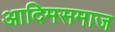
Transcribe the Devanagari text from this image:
आदिमसमाज